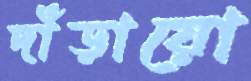
দাঁড়ায়ো